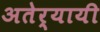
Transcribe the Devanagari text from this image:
अतेर्यायी